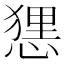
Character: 𢟆